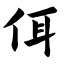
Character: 佴